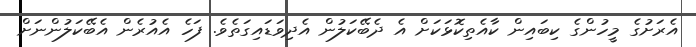
އެރަށުގެ މީހުންގެ ކިބައިން ކާއެތިކޮޅަކަށް އެ ދެބޭކަލުން އެދިވަޑައިގަތެވެ. ފަހެ އެއުރެން އެބޭކަލުންނަށް